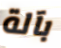
بآلة